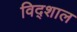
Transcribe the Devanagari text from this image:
विद्शाल